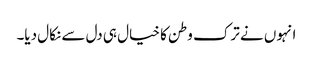
انہوں نے ترک وطن کا خیال ہی دل سے نکال دیا۔